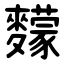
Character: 䵆